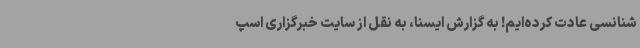
شنانسی عادت کرده‌ایم! به گزارش ایسنا، به نقل از سایت خبرگزاری اسپ